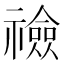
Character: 𥜋